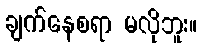
ချက်နေစရာ မလိုဘူး။